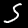
Label: 5